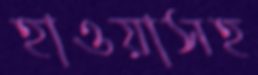
হাওয়াসহ